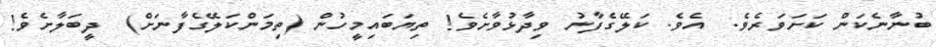
ބުނާނެކަން ކަށަވަރެވެ.  އެވެ. ކަލޭގެފާނު ވިދާޅުވާށެވެ! ތިޔަބައިމީހުން (ތިމަންކަލޭގެފާނަށް)  ދީބަލާށެވެ!